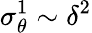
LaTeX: \sigma_{\theta}^{1}\sim\delta^{2}